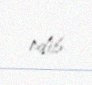
edib.